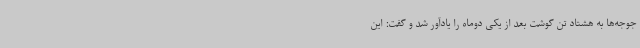
جوجه‌ها به هشتاد تن گوشت بعد از یکی دوماه را یادآور شد و گفت: این